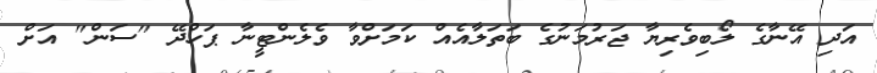
އަދި އޭނާގެ ލޯބިވެރިޔާ ޖަރުމަނުގެ ބަތަލާއެއް ކަމަށްވާ ވެލެންޓީނާ ޕަހްދޭ "ސަން" އަށް